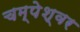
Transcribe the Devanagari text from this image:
चम्पेश्वर